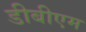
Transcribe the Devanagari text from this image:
डीबीएम